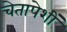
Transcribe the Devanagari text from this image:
चेतापेशीं